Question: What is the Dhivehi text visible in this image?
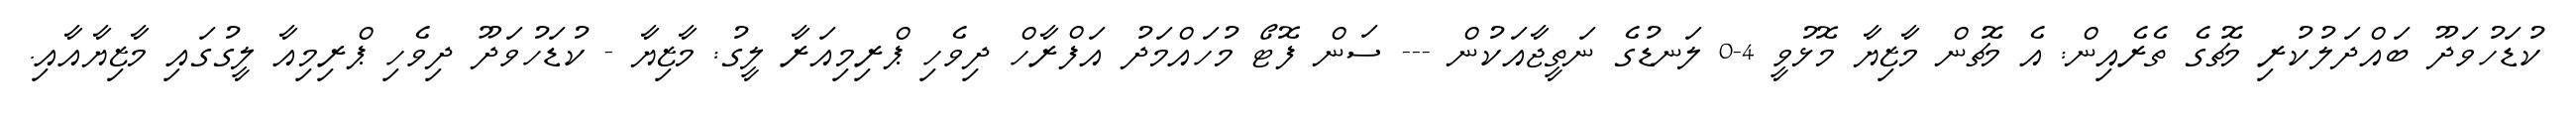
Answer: ކުޑަހުވަދޫ ބައްދަލުކުރި މެޗުގެ ތެރެއިން: އެ މެޗުން މާޒިޔާ މޮޅުވީ 4-0 ލަނޑުގެ ނަތީޖާއަކުން --- ސަން ފޮޓޯ މުހައްމަދު އަފްރާހް ދިވެހި ޕްރިމިއަރާ ލީގު: މާޒިޔާ - ކުޑަހުވަދޫ ދިވެހި ޕްރިމިއާ ލީގުގައި މާޒިޔާއާއި.